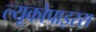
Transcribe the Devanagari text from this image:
ल्यूकोपाइरस